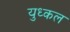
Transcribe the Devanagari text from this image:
युध्कल